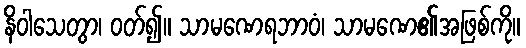
နိဝါသေတွာ၊ ဝတ်၍။ သာမဏေရဘာဝံ၊ သာမဏေ၏အဖြစ်ကို။